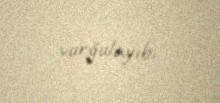
vurğulayıb.